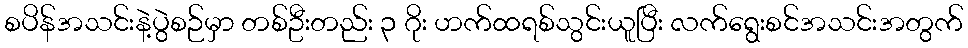
စပိန်အသင်းနဲ့ပွဲစဉ်မှာ တစ်ဦးတည်း ၃ ဂိုး ဟက်ထရစ်သွင်းယူပြီး လက်ရွေးစင်အသင်းအတွက်